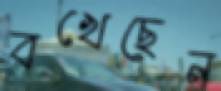
বখেছেন